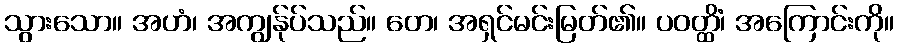
သွားသော။ အဟံ၊ အကျွန်ုပ်သည်။ တေ၊ အရှင်မင်းမြတ်၏။ ပဝတ္ထိံ၊ အကြောင်းကို။